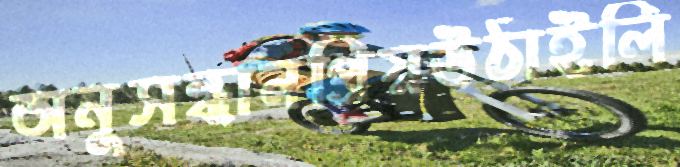
অনুসন্ধানপ্রিয়উঠাইলি